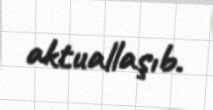
aktuallaşıb.